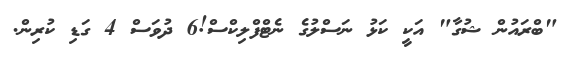
"ބްރައުން ޝުގާ" އަކީ ކަޅު ނަސްލުގެ ނެޓްފްލިކްސް!6 ދުވަސް 4 ގަޑި ކުރިން.